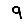
Digit: 9